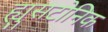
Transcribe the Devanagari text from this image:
ह्युसटोनिक